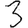
Digit: 3